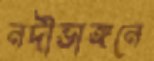
নদীভাঙ্গনে